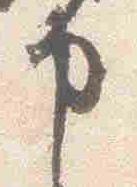
申